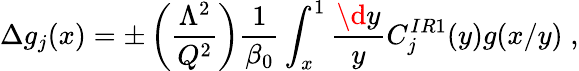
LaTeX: \Delta g_{j}(x)=\pm\left(\frac{\Lambda^{2}}{Q^{2}}\right)\frac{1}{\beta_{0}}\int_{x}^{1}\frac{\d y}{y}C_{j}^{IR1}(y)g(x/y)\; ,